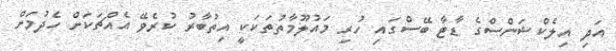
އަދި އިލެކްޝަންސްގެ ޑާޓާ ބޭސްގައި ހުރި މައުލޫމާތުތަކަކީ އިތުބާރު ކުރެވޭ އެއްޗަކަށް ހެދުމަށް